Civil Veterinary Department. United Provinces 1932-42 - 1932-1942
Year: 1932
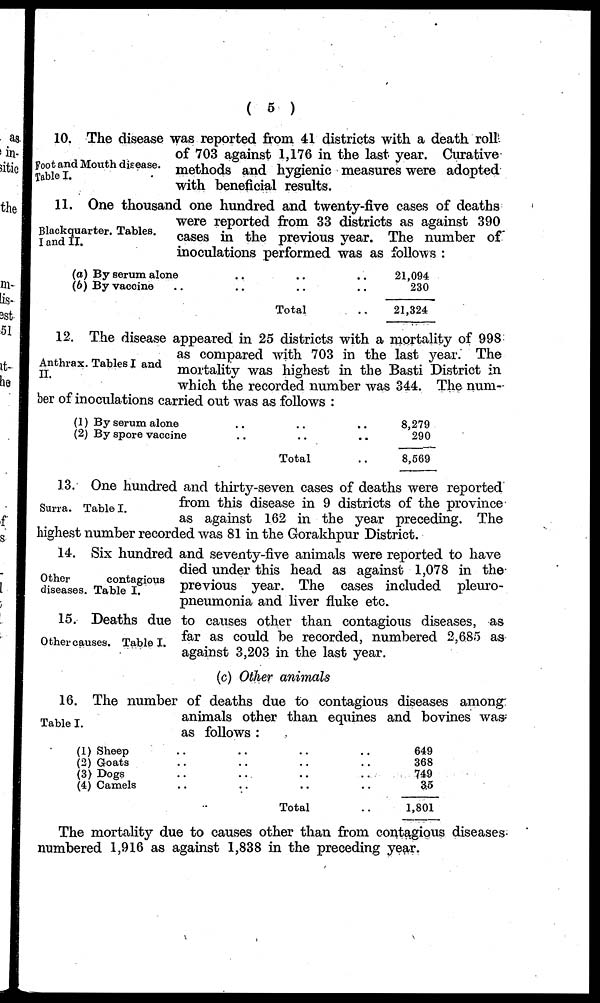
(5)
Foot and Month disease.
Table I.
10. The disease was reported from 41 districts with a death roll
of 703 against 1,176 in the last year. Curative
methods and hygienic measures were adopted
with beneficial results.
Blackquarter. Tables.
I and II.
11. One thousand one hundred and twenty-five cases of deaths
were reported from 33 districts as against 390
cases in the previous year. The number of
inoculations performed was as follows:
(a) By serum alone
(b) By vaccine ..
.. ..
.. ..
Total
.. 21,094
.. 230
.. 21,324
Anthrax. Tables I and
II.
12. The disease appeared in 25 districts with a mortality of 998
as compared with 703 in the last year. The
mortality was highest in the Basti District in
which the recorded number was 344. The num-
ber of inoculations carried out was as follows:
(1) By serum alone
(2) By spore vaccine
.. ..
.. ..
Total
.. 8,279
.. 290
.. 8,569
Surra. Table I.
13. One hundred and thirty-seven cases of deaths were reported
from this disease in 9 districts of the province
as against 162 in the year preceding. The
highest number recorded was 81 in the Gorakhpur District.
Other
contagious
diseases. Table 1.
14. Six hundred and seventy-five animals were reported to have
died under this head as against 1,078 in the
previous year. The cases included pleuro-
pneumonia and liver fluke etc.
Other causes. Table I.
15. Deaths due to causes other than contagious diseases, as
far as could be recorded, numbered 2,685 as
against 3,203 in the last year.
(c) Other animals
Table I.
16. The number of deaths due to contagious diseases among
animals other than equines and bovines was
as follows:
(1) Sheep ..
(2) Goats ..
(3) Dogs ..
(4) Camels ..
.. ..
.. ..
.. ..
.. ..
Total
.. 649
.. 368
.. 749
.. 3.5
.. 1,801
The mortality due to causes other than from contagious diseases
numbered 1,916 as against 1,838 in the preceding year.